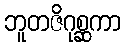
ဘူတဇိဂုစ္ဆကာ